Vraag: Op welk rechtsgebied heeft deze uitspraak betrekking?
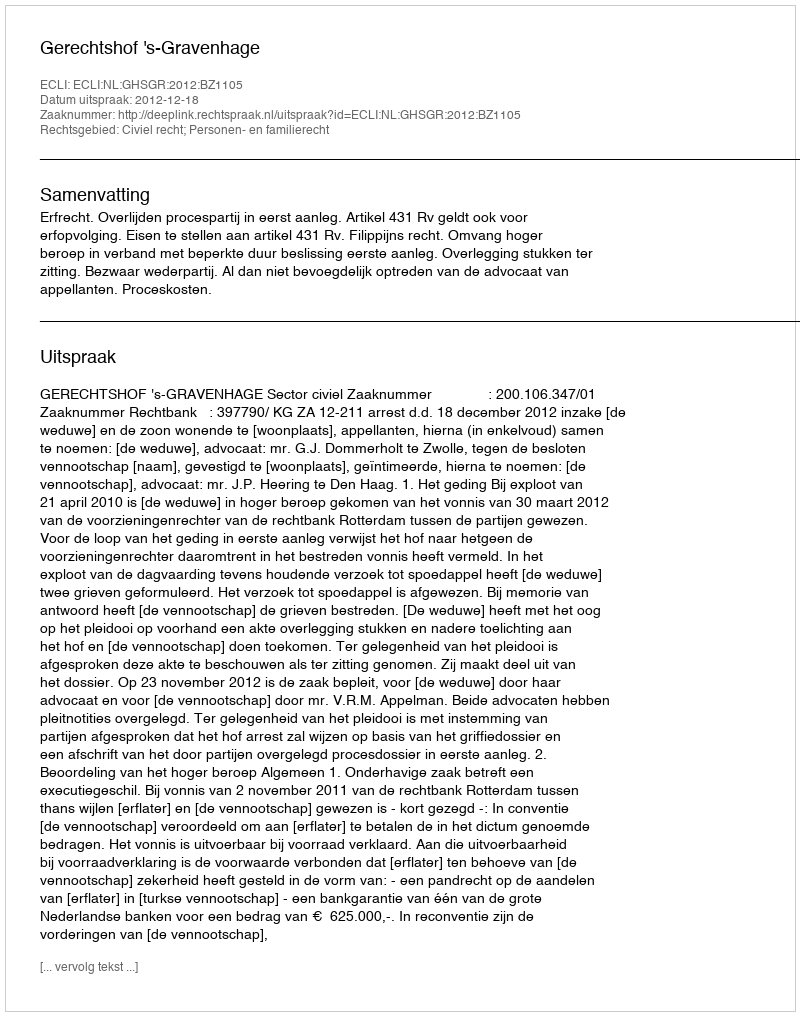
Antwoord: Civiel recht; Personen- en familierecht